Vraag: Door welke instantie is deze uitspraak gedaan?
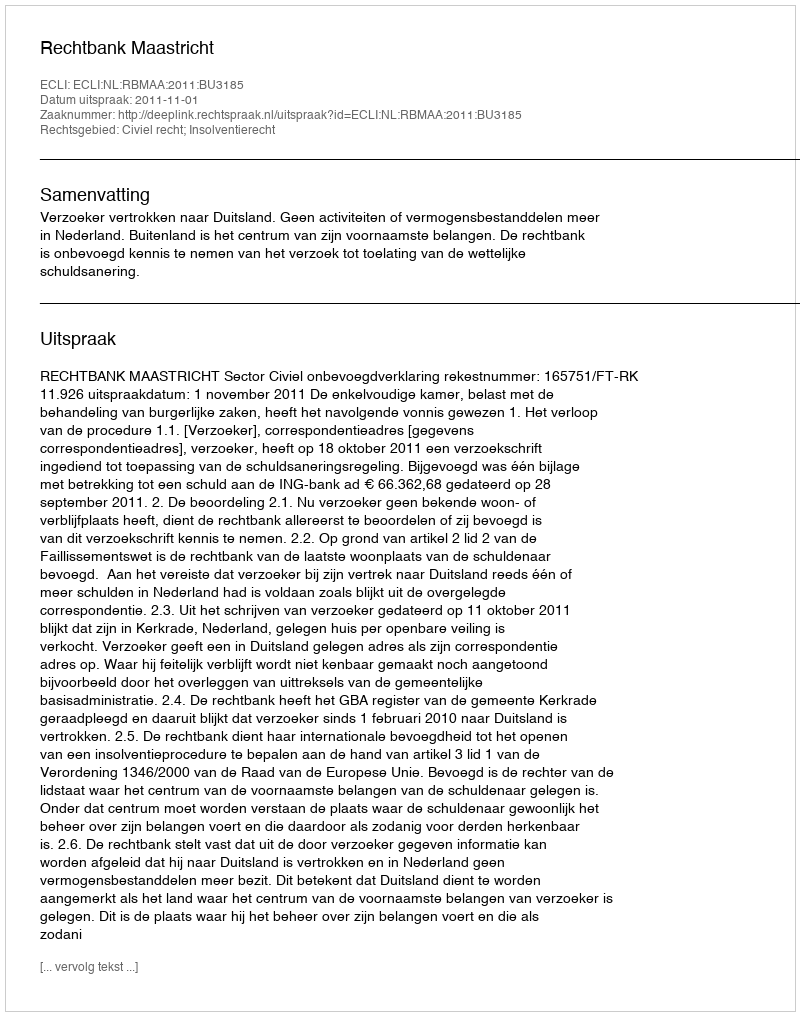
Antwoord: Rechtbank Maastricht